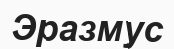
Эразмус